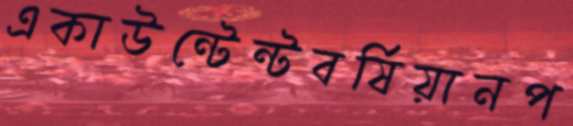
একাউন্টেন্টবর্ষিয়ানপ